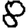
Digit: 8